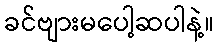
ခင်ဗျားမပေါ့ဆပါနဲ့။